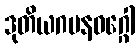
ဒုတိယဂမနဝဂ္ဂေါ